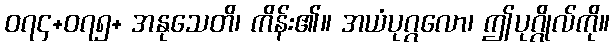
၀၇၄+၀၇၅+ အနုသေတိ၊ ကိန်း၏။ အယံပုဂ္ဂလော၊ ဤပုဂ္ဂိုလ်ကို။